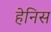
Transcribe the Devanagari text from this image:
हेनिस